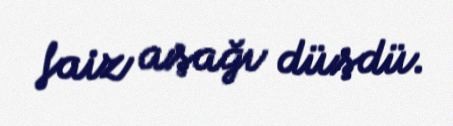
faiz aşağı düşdü.